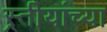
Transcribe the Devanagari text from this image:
स्र्तीयांच्या